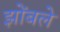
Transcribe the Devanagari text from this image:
झोंबले